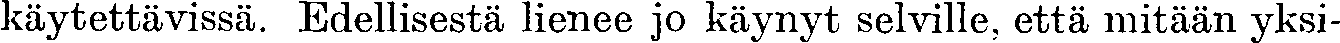
käytettävissä. Edellisestä lienee jo käynyt selville, että mitään yksi-